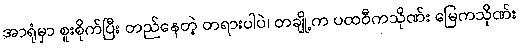
အာရုံမှာ စူးစိုက်ပြီး တည်နေတဲ့ တရားပါပဲ၊ တချို့က ပထဝီကသိုဏ်း မြေကသိုဏ်း